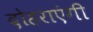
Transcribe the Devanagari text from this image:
दोहराएंगी